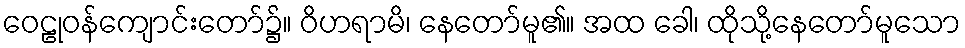
ဝေဠုဝန်ကျောင်းတော်၌။ ဝိဟရာမိ၊ နေတော်မူ၏။ အထ ခေါ၊ ထိုသို့နေတော်မူသော